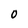
Character: 0